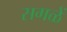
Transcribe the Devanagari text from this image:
सगळें